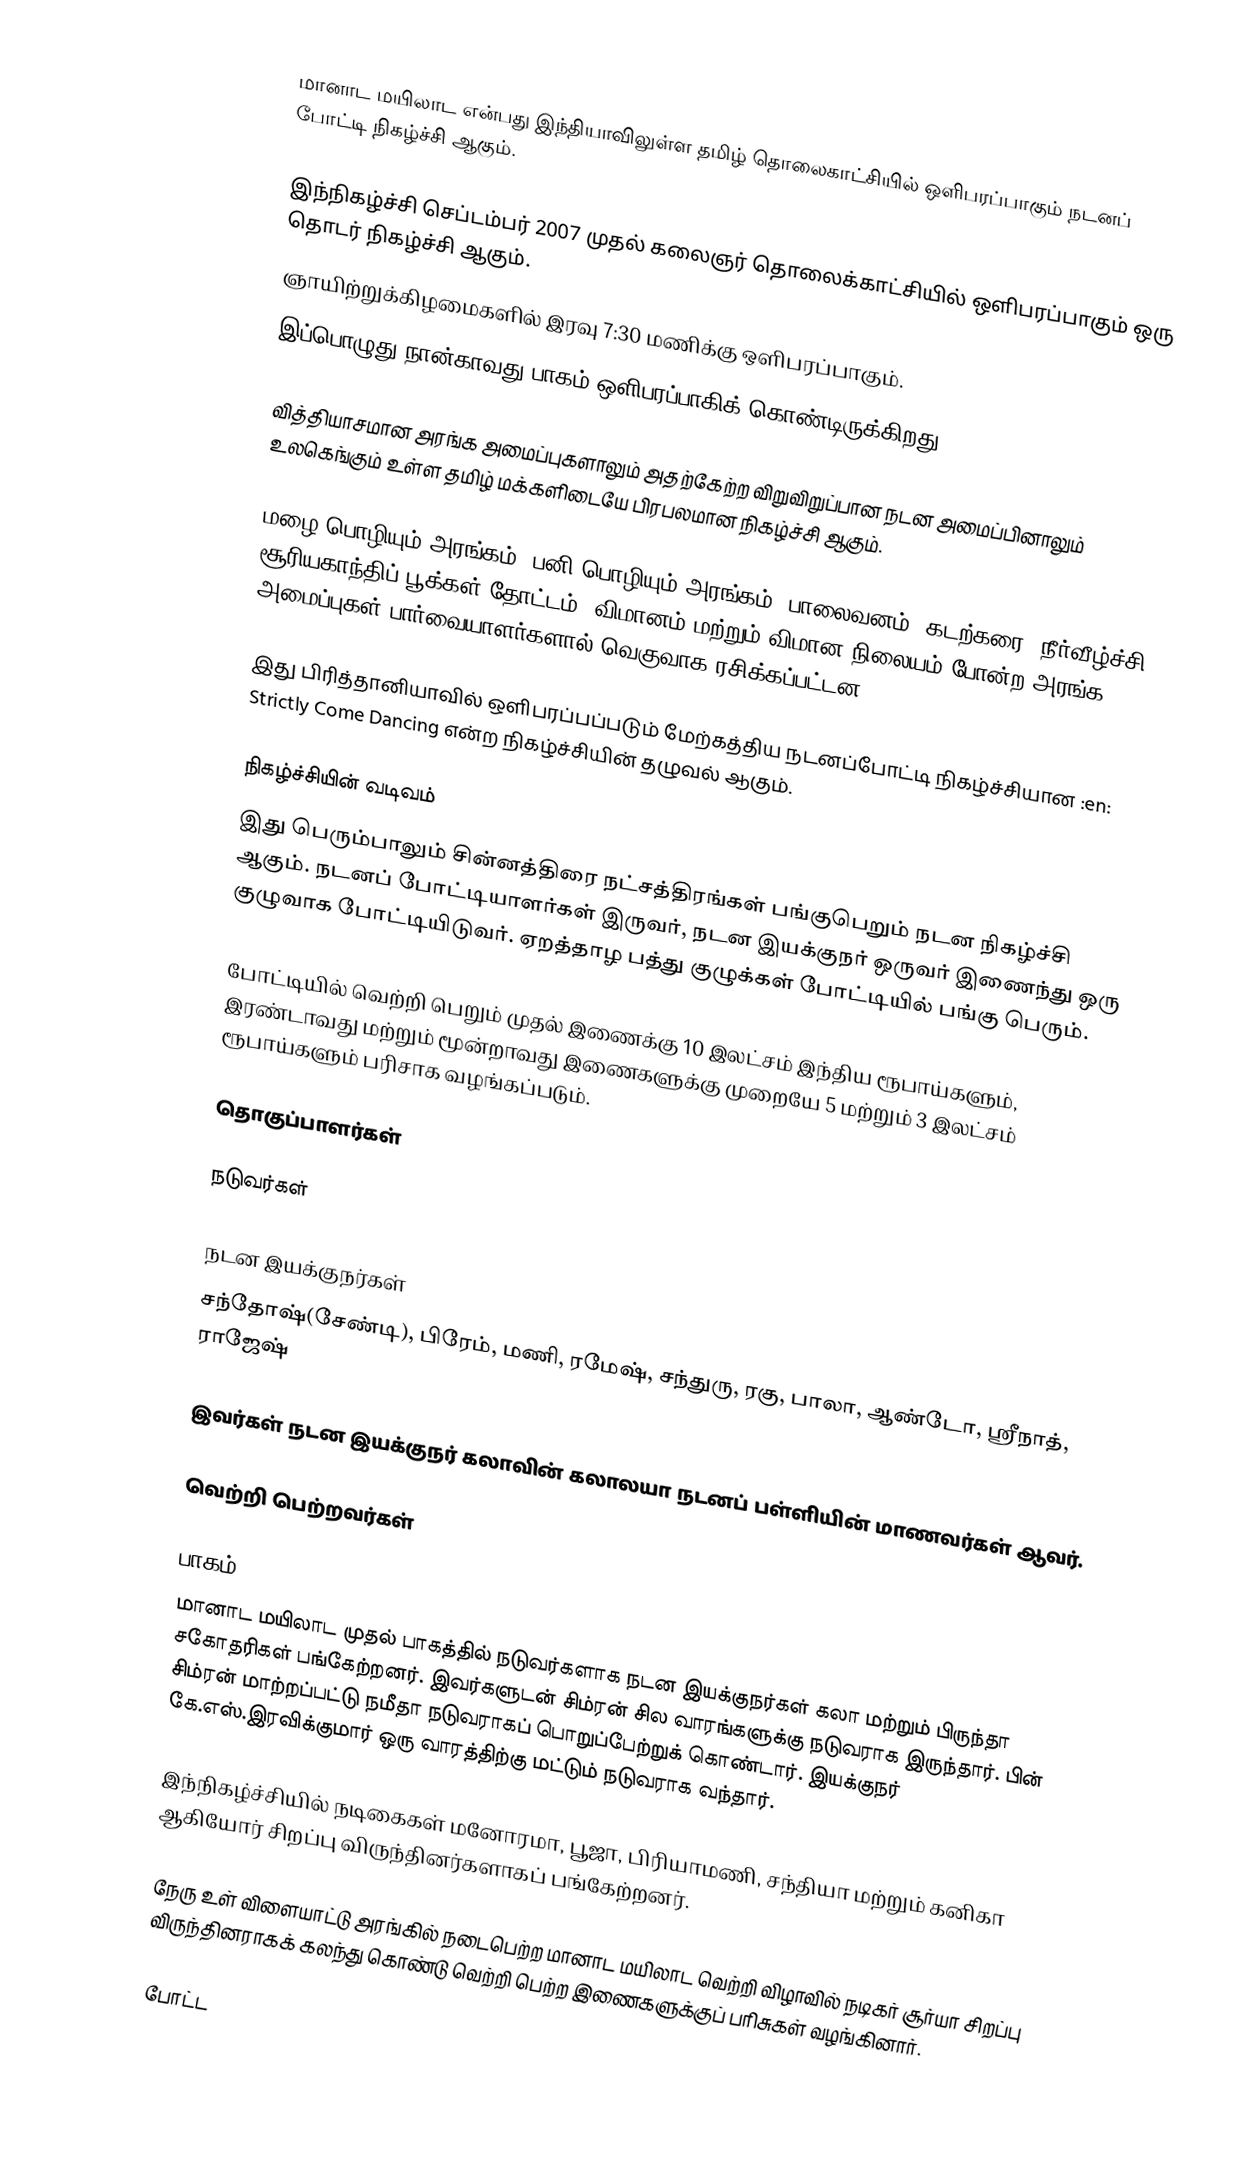
மானாட மயிலாட என்பது இந்தியாவிலுள்ள தமிழ் தொலைகாட்சியில் ஒளிபரப்பாகும் நடனப் போட்டி நிகழ்ச்சி ஆகும்.

இந்நிகழ்ச்சி செப்டம்பர் 2007 முதல் கலைஞர் தொலைக்காட்சியில் ஒளிபரப்பாகும் ஒரு தொடர் நிகழ்ச்சி ஆகும்.
ஞாயிற்றுக்கிழமைகளில் இரவு 7:30 மணிக்கு ஒளிபரப்பாகும்.
இப்பொழுது நான்காவது பாகம் ஒளிபரப்பாகிக் கொண்டிருக்கிறது

வித்தியாசமான அரங்க அமைப்புகளாலும் அதற்கேற்ற விறுவிறுப்பான நடன அமைப்பினாலும் உலகெங்கும் உள்ள தமிழ் மக்களிடையே பிரபலமான நிகழ்ச்சி ஆகும்.

மழை பொழியும் அரங்கம், பனி பொழியும் அரங்கம், பாலைவனம், கடற்கரை, நீர்வீழ்ச்சி, சூரியகாந்திப் பூக்கள் தோட்டம், விமானம் மற்றும் விமான நிலையம் போன்ற அரங்க அமைப்புகள் பார்வையாளர்களால் வெகுவாக ரசிக்கப்பட்டன.

இது பிரித்தானியாவில் ஒளிபரப்பப்படும் மேற்கத்திய நடனப்போட்டி நிகழ்ச்சியான :en: Strictly Come Dancing என்ற நிகழ்ச்சியின் தழுவல் ஆகும்.

நிகழ்ச்சியின் வடிவம்
இது பெரும்பாலும் சின்னத்திரை நட்சத்திரங்கள் பங்குபெறும் நடன நிகழ்ச்சி ஆகும். நடனப் போட்டியாளர்கள் இருவர், நடன இயக்குநர் ஒருவர் இணைந்து ஒரு குழுவாக போட்டியிடுவர். ஏறத்தாழ பத்து குழுக்கள் போட்டியில் பங்கு பெரும்.

போட்டியில் வெற்றி பெறும் முதல் இணைக்கு 10 இலட்சம் இந்திய ரூபாய்களும், இரண்டாவது மற்றும் மூன்றாவது இணைகளுக்கு முறையே 5 மற்றும் 3 இலட்சம் ரூபாய்களும் பரிசாக வழங்கப்படும்.

தொகுப்பாளர்கள்

நடுவர்கள்

நடன இயக்குநர்கள்
சந்தோஷ்(சேண்டி), பிரேம், மணி, ரமேஷ், சந்துரு, ரகு, பாலா, ஆண்டோ, ஸ்ரீநாத், ராஜேஷ்

இவர்கள் நடன இயக்குநர் கலாவின் கலாலயா நடனப் பள்ளியின் மாணவர்கள் ஆவர்.

வெற்றி பெற்றவர்கள்

பாகம் 1
மானாட மயிலாட முதல் பாகத்தில் நடுவர்களாக நடன இயக்குநர்கள் கலா மற்றும் பிருந்தா சகோதரிகள் பங்கேற்றனர். இவர்களுடன் சிம்ரன் சில வாரங்களுக்கு நடுவராக இருந்தார். பின் சிம்ரன் மாற்றப்பட்டு நமீதா நடுவராகப் பொறுப்பேற்றுக் கொண்டார். இயக்குநர் கே.எஸ்.இரவிக்குமார் ஒரு வாரத்திற்கு மட்டும் நடுவராக வந்தார்.

இந்நிகழ்ச்சியில் நடிகைகள் மனோரமா, பூஜா, பிரியாமணி, சந்தியா மற்றும் கனிகா ஆகியோர் சிறப்பு விருந்தினர்களாகப் பங்கேற்றனர்.

நேரு உள் விளையாட்டு அரங்கில் நடைபெற்ற மானாட மயிலாட வெற்றி விழாவில் நடிகர் சூர்யா சிறப்பு விருந்தினராகக் கலந்து கொண்டு வெற்றி பெற்ற இணைகளுக்குப் பரிசுகள் வழங்கினார்.

போட்ட